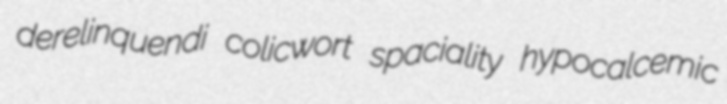
derelinquendi colicwort spaciality hypocalcemic